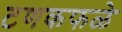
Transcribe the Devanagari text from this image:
टणकफळे